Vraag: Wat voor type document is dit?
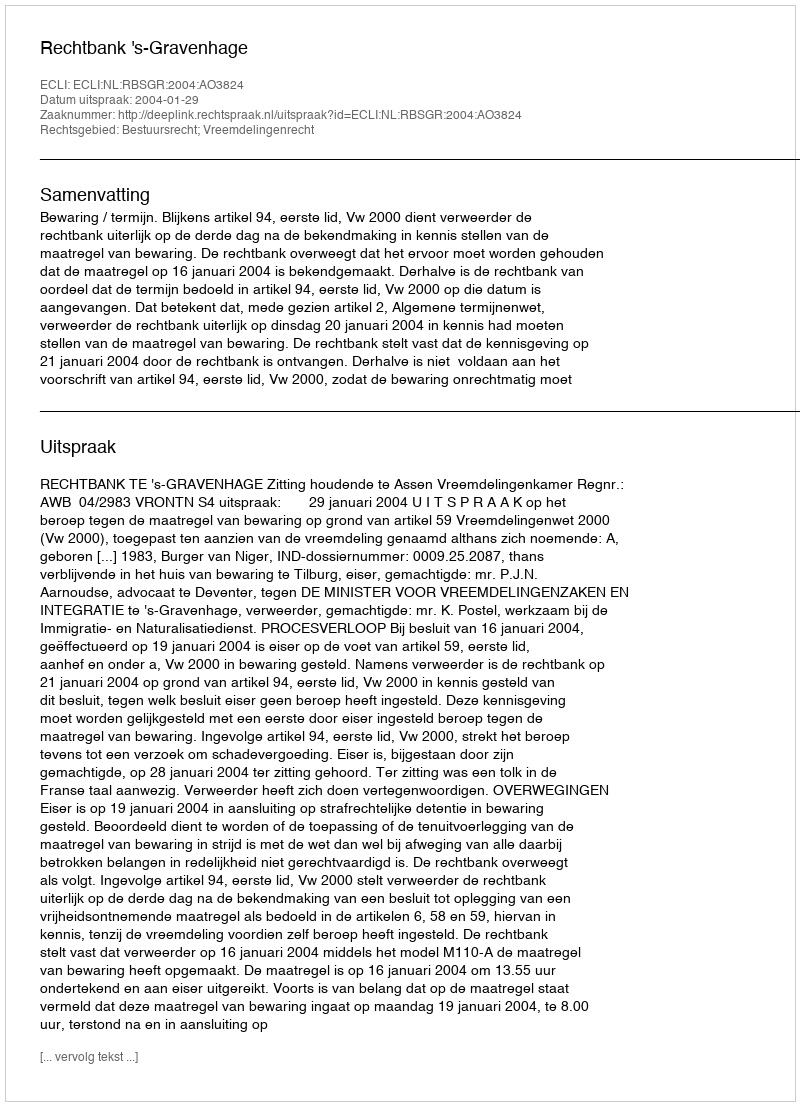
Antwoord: Uitspraak